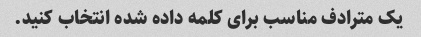
یک مترادف مناسب برای کلمه داده شده انتخاب کنید.